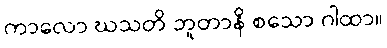
ကာလော ဃသတိ ဘူတာနိ စသော ဂါထာ။